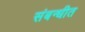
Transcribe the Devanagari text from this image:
संबन्धीत